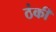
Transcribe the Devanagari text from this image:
ठंकी